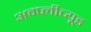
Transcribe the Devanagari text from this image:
अम्प्लीच्यूड